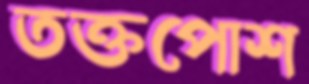
তক্তপোশ